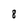
Character: 8